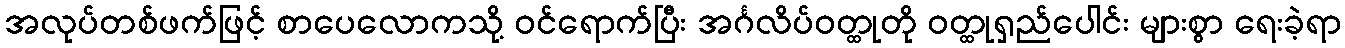
အလုပ်တစ်ဖက်ဖြင့် စာပေလောကသို့ ဝင်ရောက်ပြီး အင်္ဂလိပ်ဝတ္ထုတို ဝတ္ထုရှည်ပေါင်း များစွာ ရေးခဲ့ရာ